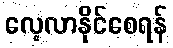
လေ့လာနိုင်စေရန်